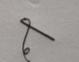
Signature authenticity: genuine